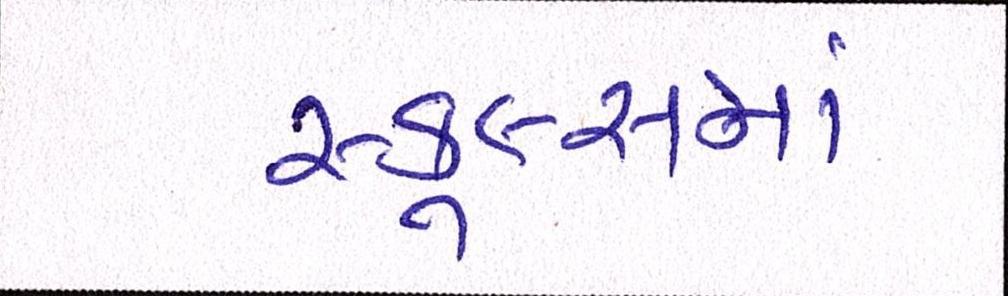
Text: સ્કૂલ્સમાં